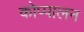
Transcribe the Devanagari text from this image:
कोप्पालन